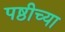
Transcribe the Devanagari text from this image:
पष्ठीच्या